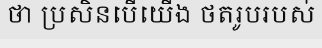
ថា ប្រសិនបើយើង ថតរូបរបស់